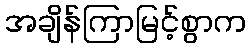
အချိန်ကြာမြင့်စွာက